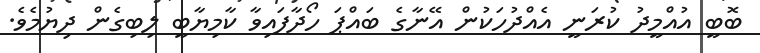
ބޮބީ އުއްމީދު ކުރަނީ އެއްދުހަކުން އޭނާގެ ބައްޕަ ހޯދާފައިވާ ކާމިޔާބީ ލިބިގެން ދިޔުމެވެ.